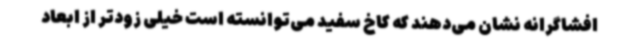
افشاگرانه نشان می‌دهند که کاخ سفید می‌توانسته است خیلی زودتر از ابعاد